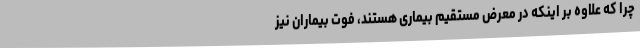
چرا که علاوه بر اینکه در معرض مستقیم بیماری هستند، فوت بیماران نیز